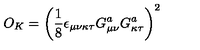
O _ { K } = \left( \frac 1 8 \epsilon _ { \mu \nu \kappa \tau } G _ { \mu \nu } ^ { a } G _ { \kappa \tau } ^ { a } \right) ^ { 2 }